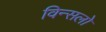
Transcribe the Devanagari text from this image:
विन्सलो